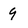
Character: 9